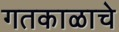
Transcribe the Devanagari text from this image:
गतकाळाचे